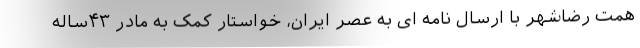
همت رضاشهر با ارسال نامه ای به عصر ایران، خواستار کمک به مادر ۴۳ساله